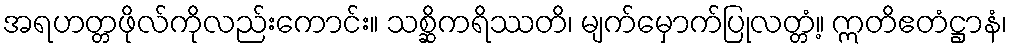
အရဟတ္တဖိုလ်ကိုလည်းကောင်း။ သစ္ဆိကရိဿတိ၊ မျက်မှောက်ပြုလတ္တံ့။ ဣတိဧတံဋ္ဌာနံ၊